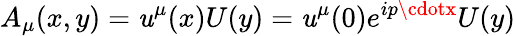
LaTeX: A_{\mu}(x,y)=\mathit{u}^{\mu}(x)U(y)=\mathit{u}^{\mu}(0)e^{ip\cdotx}U(y)